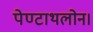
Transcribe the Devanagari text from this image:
पेण्टाथलोन।